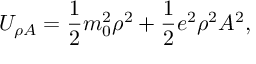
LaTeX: U _ { \rho A } = { \frac { 1 } { 2 } } m _ { 0 } ^ { 2 } \rho ^ { 2 } + { \frac { 1 } { 2 } } e ^ { 2 } \rho ^ { 2 } A ^ { 2 } ,